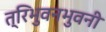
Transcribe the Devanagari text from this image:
त्रिभुवनभुवनी